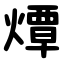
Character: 燂